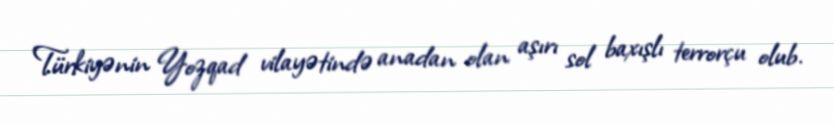
Türkiyənin Yozqad vilayətində anadan olan aşırı sol baxışlı terrorçu olub.